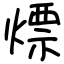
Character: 熛